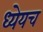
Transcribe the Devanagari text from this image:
ध्येयच